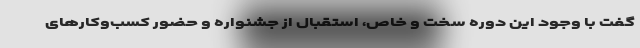
گفت با وجود این دوره سخت و خاص، استقبال از جشنواره و حضور کسب‌وکارهای